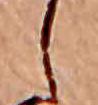
し